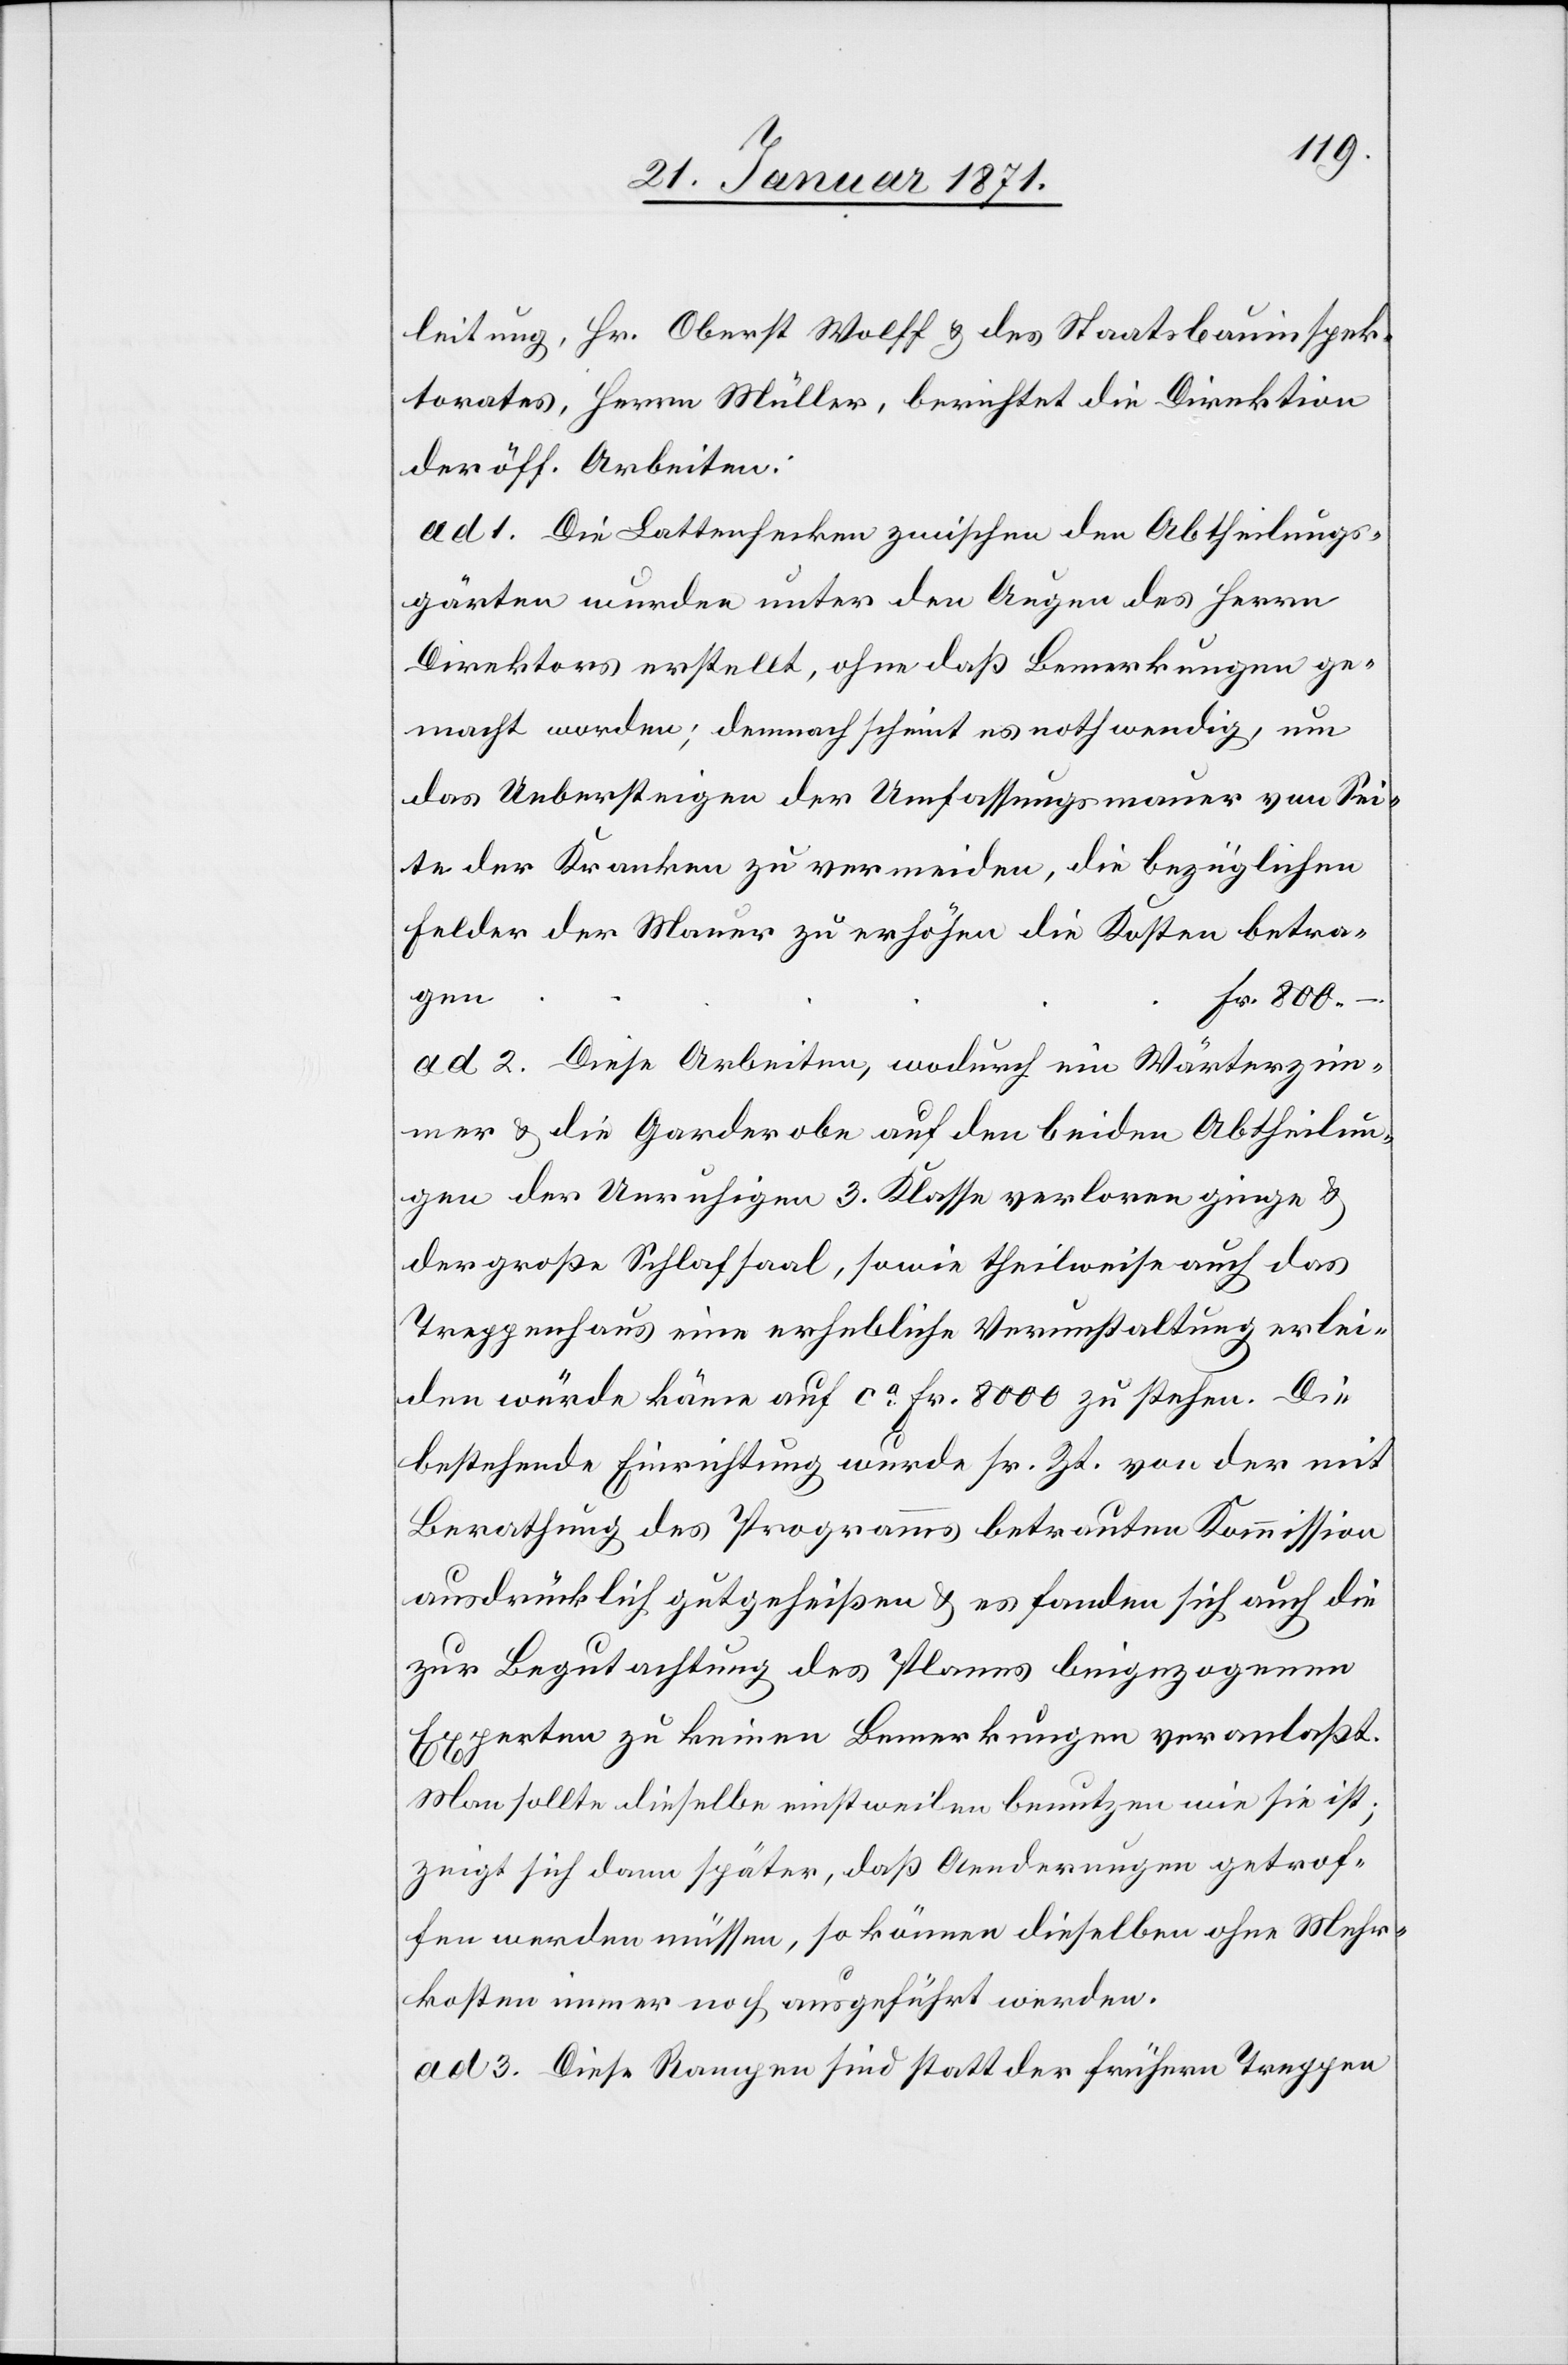
leitung, Hr. Oberst Wolff u. des Staatbauinspek¬
torates, Herrn Müller, berichtet die Direktion
der öff. Arbeiten:
ad 1. Die Lattenhecken zwischen den Abtheilungs¬
gärten wurden unter den Augen des Herrn
Direktors erstellt, ohne daß Bemerkungen ge¬
macht worden, demnach scheint es nothwendig, um
das Uebersteigen der Umfassungsmauer von Sei¬
ten der Kranken zu vermeiden, die bezüglichen
Felder der Mauer zu erhöhen[;] die Kosten betrage¬
n.	Fr. 800.–
ad 2. Diese Arbeiten, wodurch ein Wärterzim¬
mer u. die Garderobe auf den beiden Abtheilun¬
gen der Unruhigen 3. Klasse verloren ginge u.
der große Schlafsaal, sowie theilweise auch das
Treppenhaus eine erhebliche Verunstaltung erlei¬
den würde käme auf ca. Fr. 8000 zu stehen. Die
bestehende Einrichtung wurde ss. Zt. von der mit
Berathung des Programms betrauten Kommission
ausdrücklich gutgeheißen u. es fanden sich auch die
zur Begutachtung des Planes beigezogenen
Experten zu keinen Bemerkungen veranlaßt.
Man sollte dieselbe einstweilen benutzen wie sie ist
zeigt sich dann später, daß Aenderungen getrof¬
fen werden müssen, so können dieselben ohne Mehr¬
kosten immer noch ausgeführt werden.
ad 3. Diese Rampen sind statt der frühern Treppen